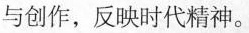
与创作，反映时代精神。